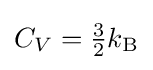
C_{V}={\tfrac {3}{2}}k_{\rm {B}}